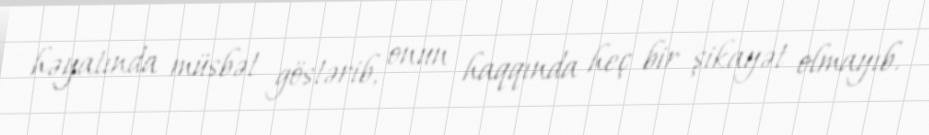
həyatında müsbət göstərib, onun haqqında heç bir şikayət olmayıb.